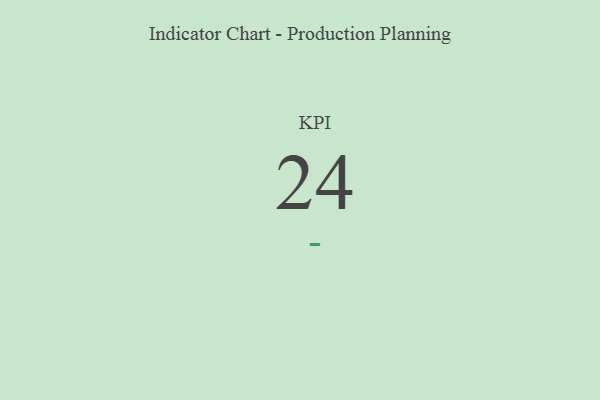
{"axis": {"x": "KPI", "y": "Value"}, "legend": [""], "data": [{"x": "KPI", "y": 24, "type": ""}]}